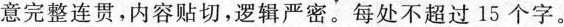
意完整连贯，内容贴切，逻辑严密。每处不超过15个字。